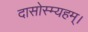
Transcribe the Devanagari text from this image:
दासोस्म्यहम्।